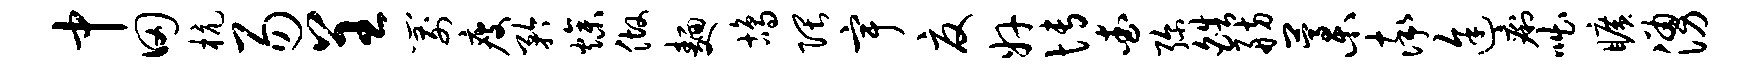
中田杭易呈箭瘦矜燥做面鸪隈宇夏奸博查弥皓舫藁率途痢咄旷涌